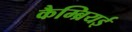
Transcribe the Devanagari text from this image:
कैम्ब्रियई